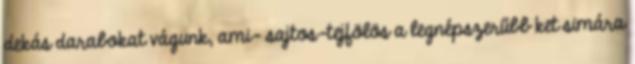
dekás darabokat vágunk, ami- sajtos-tejfölös a legnépszerűbb ket simára